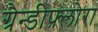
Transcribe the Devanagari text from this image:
ग्रैन्डीफ़्लोरा